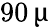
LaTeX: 90\, \upmu